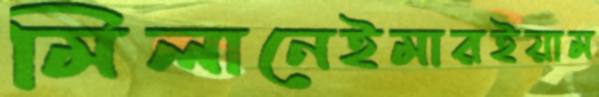
মিলানেইমারইয়াম